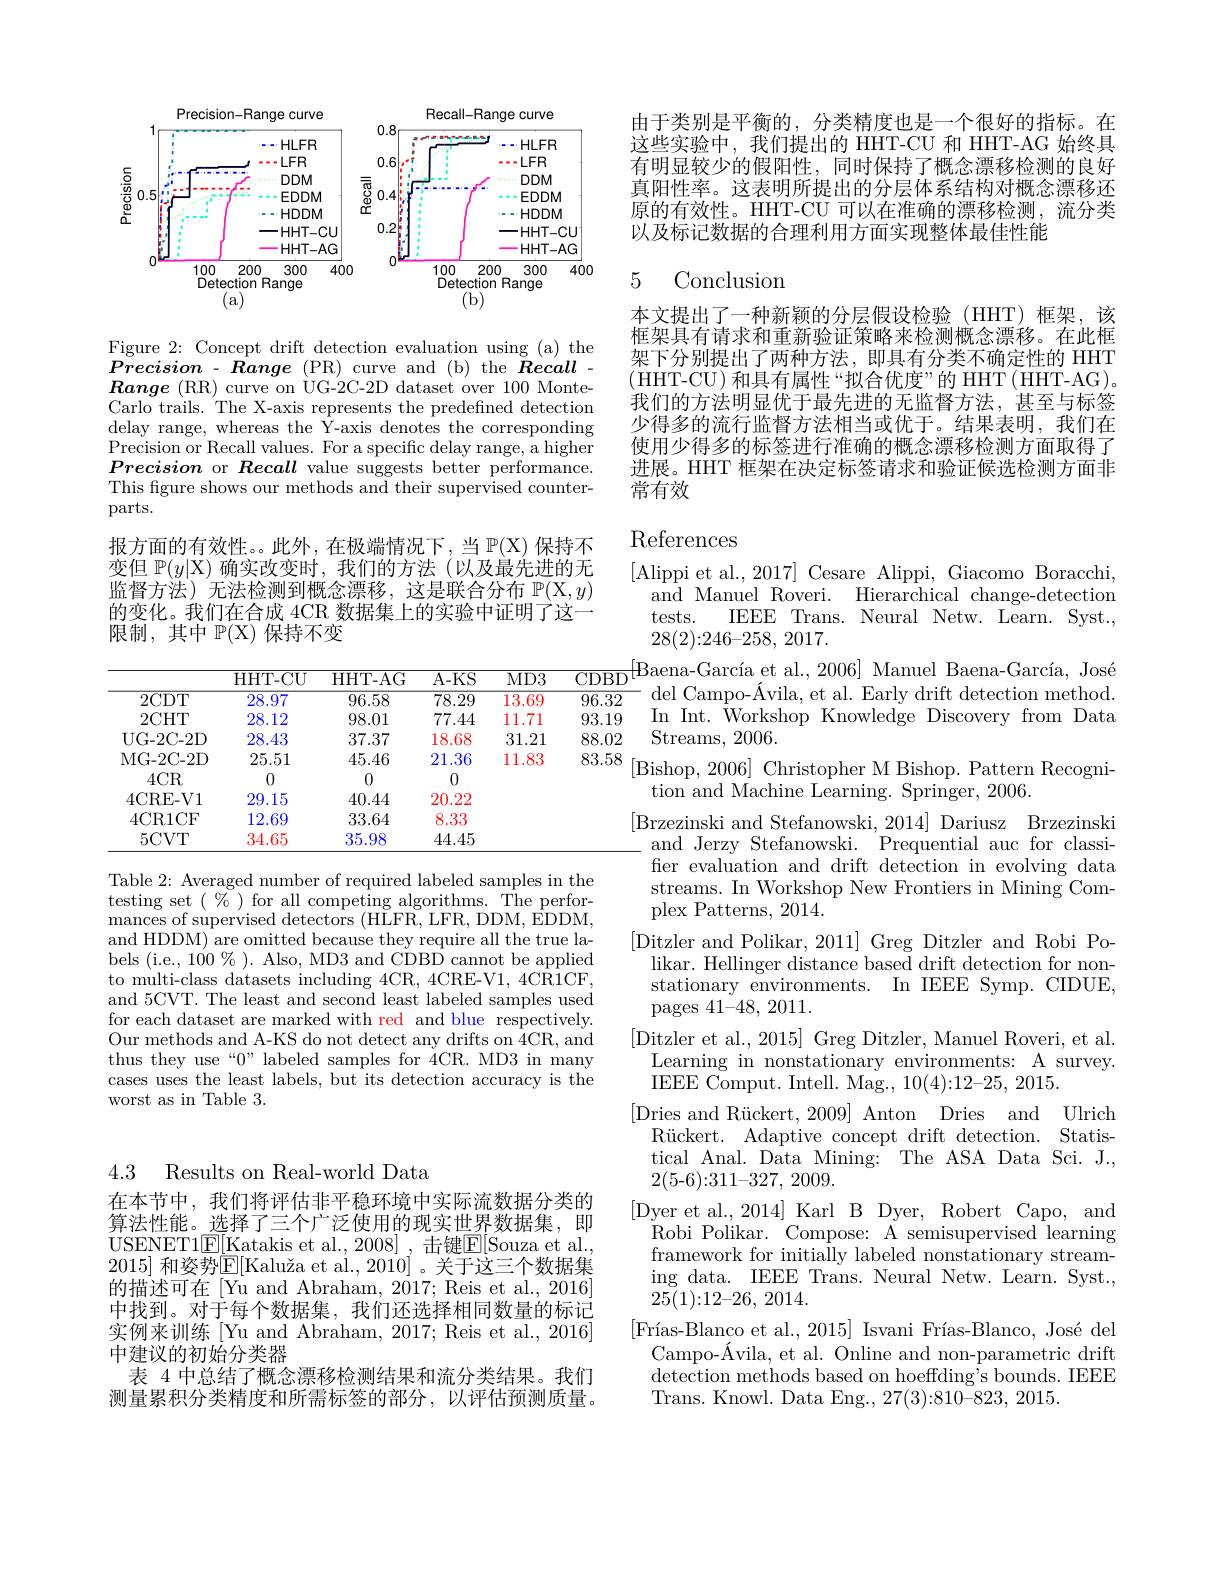
4.3 Results on Real-world Data

在本节中，我们将评估非平稳环境中实际流数据分类的算法性能。选择了三个广泛使用的现实世界数据集，即USENET1$\underline{\mathrm{E}}[\underline{\mathrm{Katakis~et~al.,~2008]~,~击键}\underline{\mathrm{E}}[\mathrm{Souza~et~al.,~}]}$ 2015] 和姿势$\overline {\mathrm{E} }[ \text{Kalu\v {z}aetal. , 2010] }$。关于这三个数据集的描述可在 [Yu and Abraham, 2017; Reis et al., 2016] 中找到。对于每个数据集，我们还选择相同数量的标记实例来训练[Yu and Abraham, 2017; Reis et al., 2016] 中建议的初始分类器
表 4 中总结了概念漂移检测结果和流分类结果。我们测量累积分类精度和所需标签的部分，以评估预测质量。

<FigureHere>

Figure 2: Concept drift detection evaluation using (a) the Precision - Range (PR) curve and (b) the Recall - $\boldsymbol{Range}($RR)curve on ÙG-2C-2D dataset over 100 MonteCarlo trails. The X-axis represents the predefined detection delay range, whereas the Y-axis denotes the corresponding Precision or Recall values. For a specific delay range, a higher Precision or Recall value suggests better performance. This figure shows our methods and their supervised counterparts.
报方面的有效性。。此外，在极端情况下，当$\mathbb{P}(\mathcal{X})$保持不变但$\mathbb{P}(y|\mathcal{X})$确实改变时，我们的方法(以及最先进的无监督方法) 无法检测到概念漂移，这是联合分布$\mathbb{P}(\mathbb{X},y)$ 的变化。我们在合成 4CR 数据集上的实验中证明了这一限制，其中$\mathbb{P}(\mathbb{X})$保持不变

$\overline{{\mathrm{HHT-CU}}}$

$\overline{{\mathrm{HHT-AG}}}$

$\overline{\mathrm{A-KS}}$

$\overline{\mathrm{MD3}}$

$\overline{78.29}$

$\overline{2\text{CDT}}$

$\overline{96.58}$

$\overline{13.69}$

$\overline{28.97}$

2CHT

28.12

98.01

77.44

11.71

28.43

31.21

UG- 2C- 2D

37.37

18.68

MG- 2C- 2D

25.51

45.46

21.36

11.83

0

4CR

0

0

20.22

29.15

40.44

4CRE-V1

4CR1CF

12.69

8.33

33.64

$5CVT$

34.65

35.98

$\underline{44.45}$

Table 2: Averaged number of required labeled samples in the testing set $(\%)$ for all competing algorithms. The performances of supervised detectors (HLFR, LFR, DDM, EDDM, and HDDM) are omitted because they require all the true labels (i.e., 100 $\%$ ). Also, MD3 and CDBD cannot be applied to multi-class datasets including 4CR, 4CRE-V1, 4CR1CF, and 5CVT. The least and second least labeled samples used for each dataset are marked with red and blue respectively. Our methods and A-KS do not detect any drifts on 4CR, and thus they use“0” labeled samples for 4CR. MD3 in many cases uses the least labels, but its detection accuracy is the worst as in Table 3.

由于类别是平衡的，分类精度也是一个很好的指标。在这些实验中，我们提出的 HHT-CU 和 HHT-AG 始终具有明显较少的假阳性，同时保持了概念漂移检测的良好真阳性率。这表明所提出的分层体系结构对概念漂移还原的有效性。HHT-CU 可以在准确的漂移检测，流分类以及标记数据的合理利用方面实现整体最佳性能

# 5 Conclusion

本文提出了一种新颖的分层假设检验(HHT)框架，该框架具有请求和重新验证策略来检测概念漂移。在此框架下分别提出了两种方法，即具有分类不确定性的 HHT (HHT-CU)和具有属性“拟合优度”的 HHT(HHT-AG)。我们的方法明显优于最先进的无监督方法，甚至与标签少得多的流行监督方法相当或优于。结果表明，我们在使用少得多的标签进行准确的概念漂移检测方面取得了进展。HHT 框架在决定标签请求和验证候选检测方面非常有效

# References

[Alippi et al., 2017] Cesare Alippi, Giacomo Boracchi,
and Manuel Roveri. Hierarchical change-detection
tests.
IEEE Trans. Neural Netw. Learn. Syst.,
28(2){:}246{-}258, 2017.
$\begin{array}{c}{{28(2).240^{-2}98,2011.}}\\{{\mathrm{CDBD}}}[{\mathrm{Baena-García~et~al.,~2006]~Manuel~Baena-García,~José}}\\{{96.32}}&{{\mathrm{del~Campo-Ávila,~et~al.~Early~drift~detection~method.}}}\end{array}$ 93.19 In Int. Workshop Knowledge Discovery from Data 88.02 Streams,2006.
83.58 [Bishop, 2006] Christopher M Bishop. Pattern Recogni-
tion and Machine Learning. Springer, 2006.
[Brzezinski and Stefanowski, 2014] Dariusz Brzezinski
and Jerzy Stefanowski. Prequential auc for classifer evaluation and drift detection in evolving data streams. In Workshop New Frontiers in Mining Complex Patterns, 2014.
[Ditzler and Polikar, 2011] Greg Ditzler and Robi Polikar. Hellinger distance based drift detection for nonstationary environments. In IEEE Symp. CIDUE, pages 41-48,2011.
[Ditzler et al., 2015] Greg Ditzler, Manuel Roveri, et al.
Learning in nonstationary environments: A survey.
IEEE Comput. Intell. Mag., 10(4){:}12{-}25,2015.
[Dries and Rückert, 2009] Anton Dries and Ulrich
Rückert. Adaptive concept drift detection. Statistical Anal. Data Mining: The ASA Data Sci. J., 2(5-6):311-327,2009.
[Dyer et al.,2014] Karl B Dyer, Robert Capo, and
${\mathrm{~K}}_{0}$Robi Polikar. Compose: A semisupervised learning framework for initially labeled nonstationary streaming data. IEEE Trans. Neural Netw. Learn. Syst., 25(1){:}12{-}26{,} 2014.
$[ \text{Fr\'{ı } as- Blanco et al. , 2015] Isvani Fr\'{ı } as- Blanco, Jos\'{e} del}$
Campo-Ávila, et al. Online and non-parametric drift detection methods based on hoeffding's bounds. IEEE Trans. Knowl. Data Eng., 27(3):810-823, 2015.